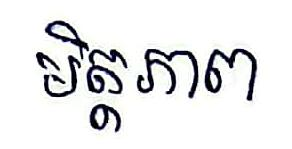
មិត្តភាព